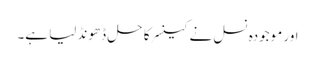
اور موجودہ نسل نے کینسر کا حل ڈھونڈ لیا ہے۔